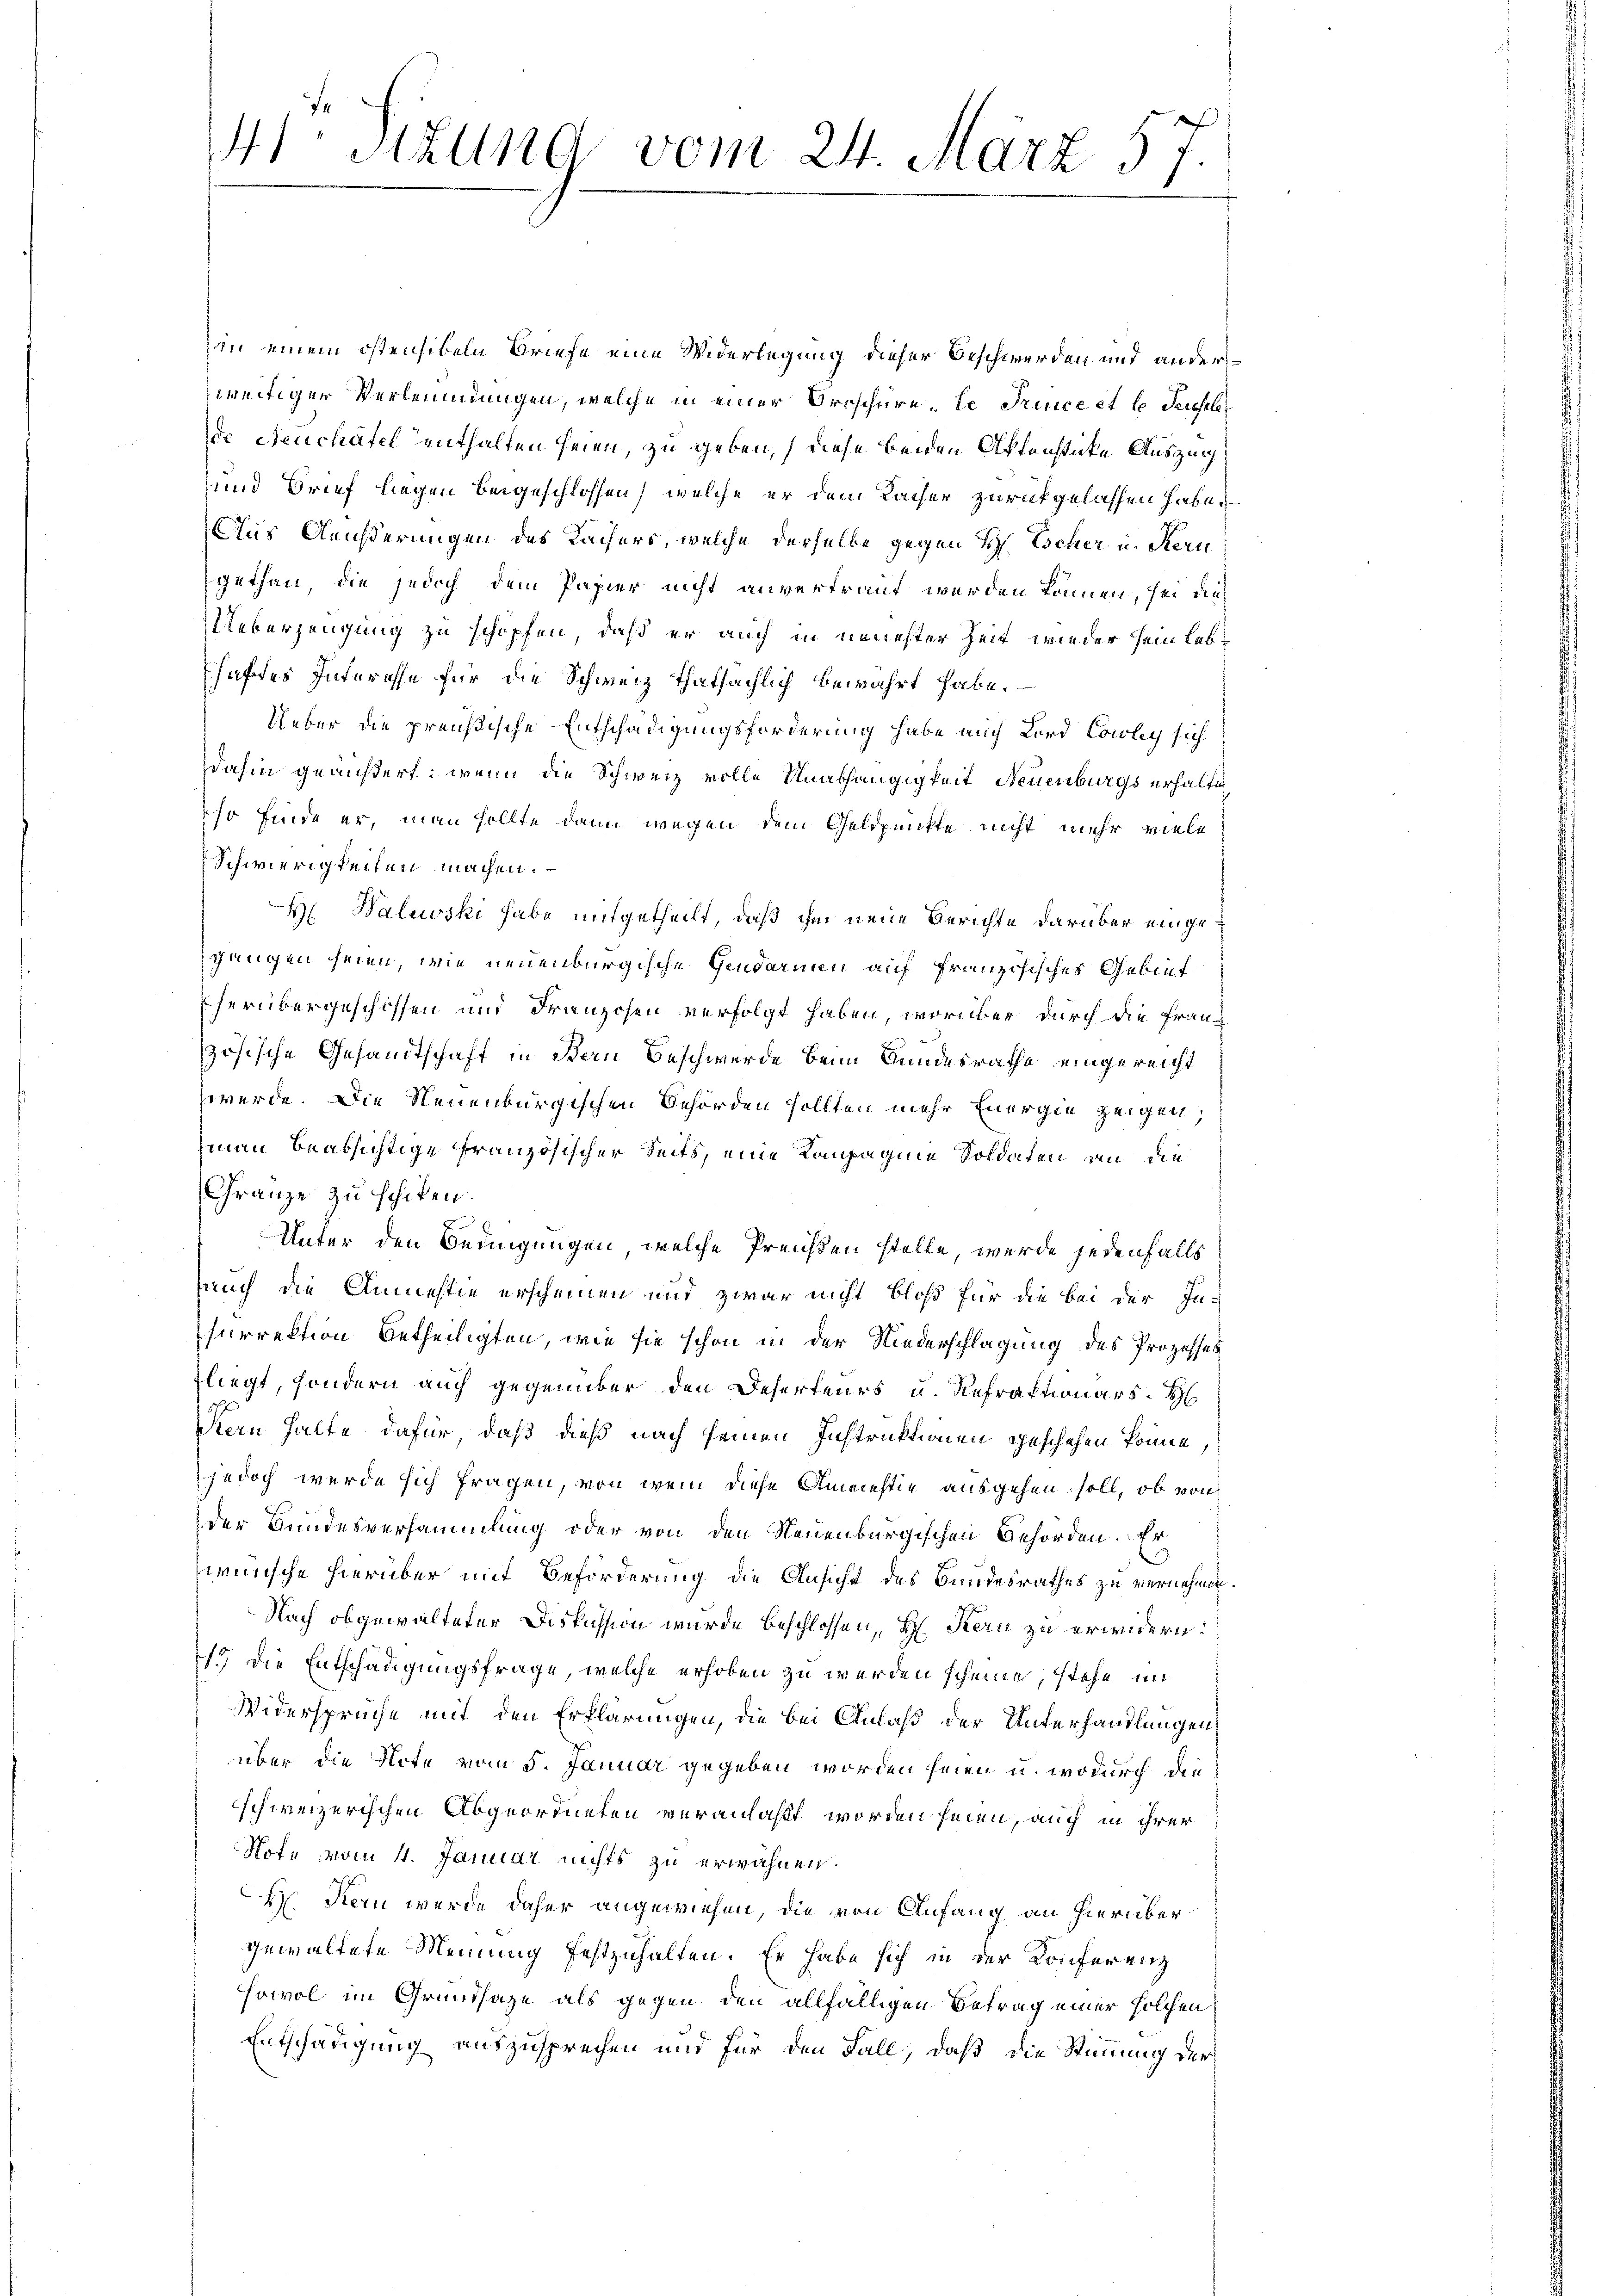
4.Stzung vom 24. März 1

in einem ostensibeln Briefe eine Widerlegung dieser Beschwerden und ander
zweitiger Verleumungen, welche in einer Oroschüre „le Prince et le Teufeler
de Neuchâtel enthalten seien, zu geben, diese beiden Aktenstüke Auszug
und Brief liegen beigeschlossen, welche er dem Kaiser zurückgelassen habe,
Aus Aeusserungen des Kachers, welche derselbe gegen H. Escher u. Stern
gethan, die jedoch dem Papier nicht anvertraut werden können, sei auf
Ueberzeugung zu schöpfen, daß er auch in neuester Zeit wieder sein lebhaftes Interesse für die Schweiz thatsächlich bewahrt habe.
Ueber die preußische Entschädigungsforderung habe auch Lord Cowley sich
dahin geäußert: wenn die Schweiz volle Unabhängigkeit Neuenburgs erhältig
so finde er, man sollte dann wegen dem Geldpunkte nicht mehr viele
Schwierigkeiten machen.
H. Waluvski habe mitgetheilt, daß ihm neue Berichte darüber eingesgangen seien, wie neuenburgische Gendarmen auf französisches Gebiet
herübergeschossen und Franzosen verfolgt haben, worüber durch die Frau
zösische Gesandtschaft in Stern Beschwerde beim Bundesrathe eingereicht
werde. Die Neuenburgischen Behörden sollten mehr Energie zeigen,
mann beabsichtige Französischer Seits, eine Kampagnie Soldaten an die
Gränze zu schiken.
Unter den Bedingungen, welche Preißen stelle, werde jedenfalls
auch die Anmestie erscheinen und zwar nicht bloß für die bei der In-
hurrektion betheiligten, wie sie schon in der Niederschlagung des Prozesses
fliegt, sondern auch gegenüber den Deserteurs u. Refraktionars. H
Stern halte dafür, daß dieß nach seinen Instruktionen geschehen könne,
jedoch werde sich fragen, von wem diese Amnestig ausgehen soll, ob von
der Bundesversammlung oder von den Neuenburgischen Behörden. Er
wünsche hierüber mit Beförderung die Ansicht des Bundesrathes zu vernehmen.
Nach obgewalteter Diskussion wurde beschlossen, H. Kern zu erwidern.
1.) Die Entschädigungsfrage, welche erhoben zu werden scheine, stehe im
Widersprüche mit den Erklärungen, die bei Anlaß der Unterhandlungen
über die Note vom 5. Januar gegeben worden seien u. wodurch die
schweizerischen Abgeordneten veranlaßt worden seien, auch in ihrer
Note vom 4. Januar nichts zu erwähnen.
H. Kern wurde daher angewiesen, die von Anfang an hierüber
gewaltete Meinung festzuhalten. Er habe sich in der Konferenz
sowol im Grundsaze als gegen den allfälligen Betrag einer solchen
Entschädigung auszusprechen und für den Fall, daß die Stimmung der